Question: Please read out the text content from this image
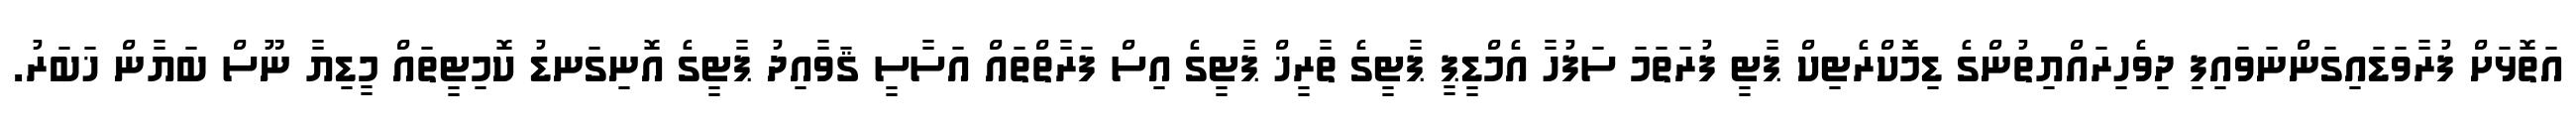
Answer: އަތޮޅަށް ފުރާވަޑައިގަންނަވައިފި ދިވެހިރައްޔިތުންގެ ޑިމޮކްރެޓިކް ޕާޓީ ފުރަތަމަ ސަފުހާ އެމްޑީޕީ ޕާޓީގެ ތާރީޚް ޕާޓީގެ އިސް ފަރާތްތައް އަސާސީ ޤަވާއިދު ޕާޓީގެ އޮނިގަނޑު ކޮމިޓީތައް މީޑިޔާ ނޫސް ބަޔާން ޚަބަރު.